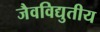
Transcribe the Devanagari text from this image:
जैवविद्युतीय